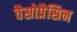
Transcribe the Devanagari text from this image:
वैसोप्रैसिन